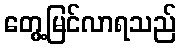
တွေ့မြင်လာရသည်